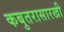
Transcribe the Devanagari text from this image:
कबुतरासारखी